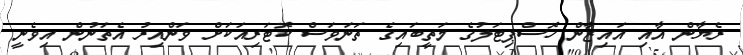
ރެޔާން އާއި އައިޒާން ހޮސްޕިޓަލުގެ މަތީބައިގެ ތަނަވަސް ކޮޓަރިއަކަށް ވަންއިރު އެތަނުން އިވެނީ